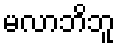
မလာဘိဘူ